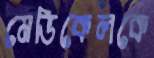
মেডিকেলকে